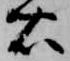
右